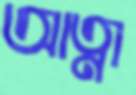
আত্না